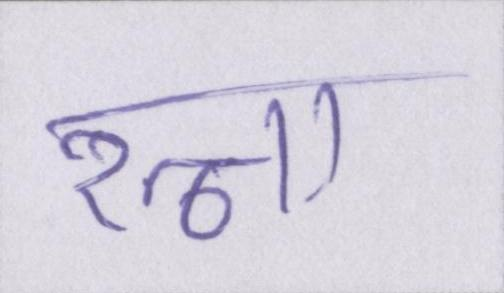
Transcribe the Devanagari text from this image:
रत्ना